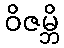
ဝိဇမ္ဘိ